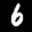
Label: 6